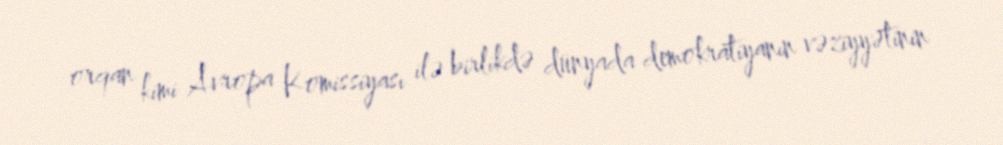
orqan kimi Avropa Komissiyası ilə birlikdə dünyada demokratiyanın vəziyyətinin